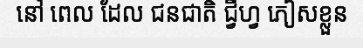
នៅ ពេល ដែល ជនជាតិ ជ្វីហ្វ ភៀសខ្លួន